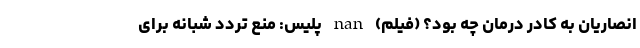
انصاریان به کادر درمان چه بود؟ (فیلم) nan پلیس: منع تردد شبانه برای